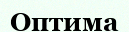
Оптима